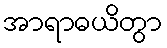
အာရာဓယိတွာ